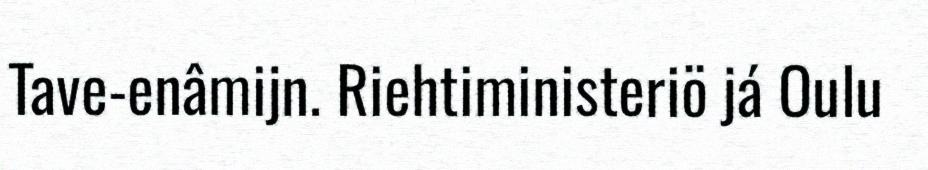
Tave-enâmijn. Riehtiministeriö já Oulu